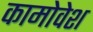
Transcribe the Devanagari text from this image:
कामोवेश